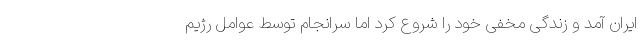
ایران آمد و زندگی مخفی خود را شروع کرد اما سرانجام توسط عوامل رژیم